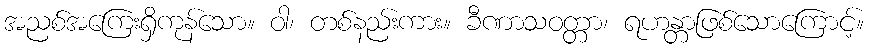
အညစ်အကြေးရှိကုန်သော။ ဝါ၊ တစ်နည်းကား။ ခီဏာသဝတ္တာ၊ ရဟန္တာဖြစ်သောကြောင့်။